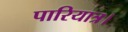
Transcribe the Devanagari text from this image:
पारियात्र।